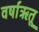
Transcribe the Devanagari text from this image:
वर्षाऋतू